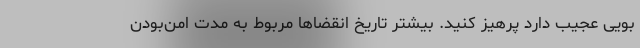
بویی عجیب دارد پرهیز کنید. بیشتر تاریخ انقضاها مربوط به مدت امن‌بودن